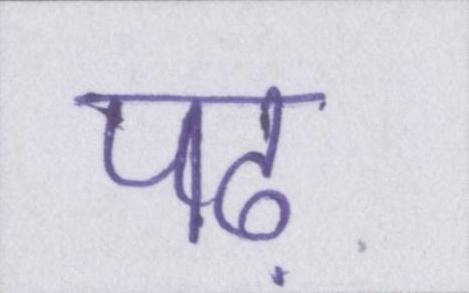
पढ़